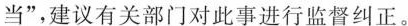
当”，建议有关部门对此事进行监督纠正。